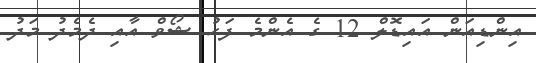
އިންޑިއަން އައިޑޮލް 12 ގެ އެންމެ ފަހު ޝޯވް އާއި ދެމެދު މަދު